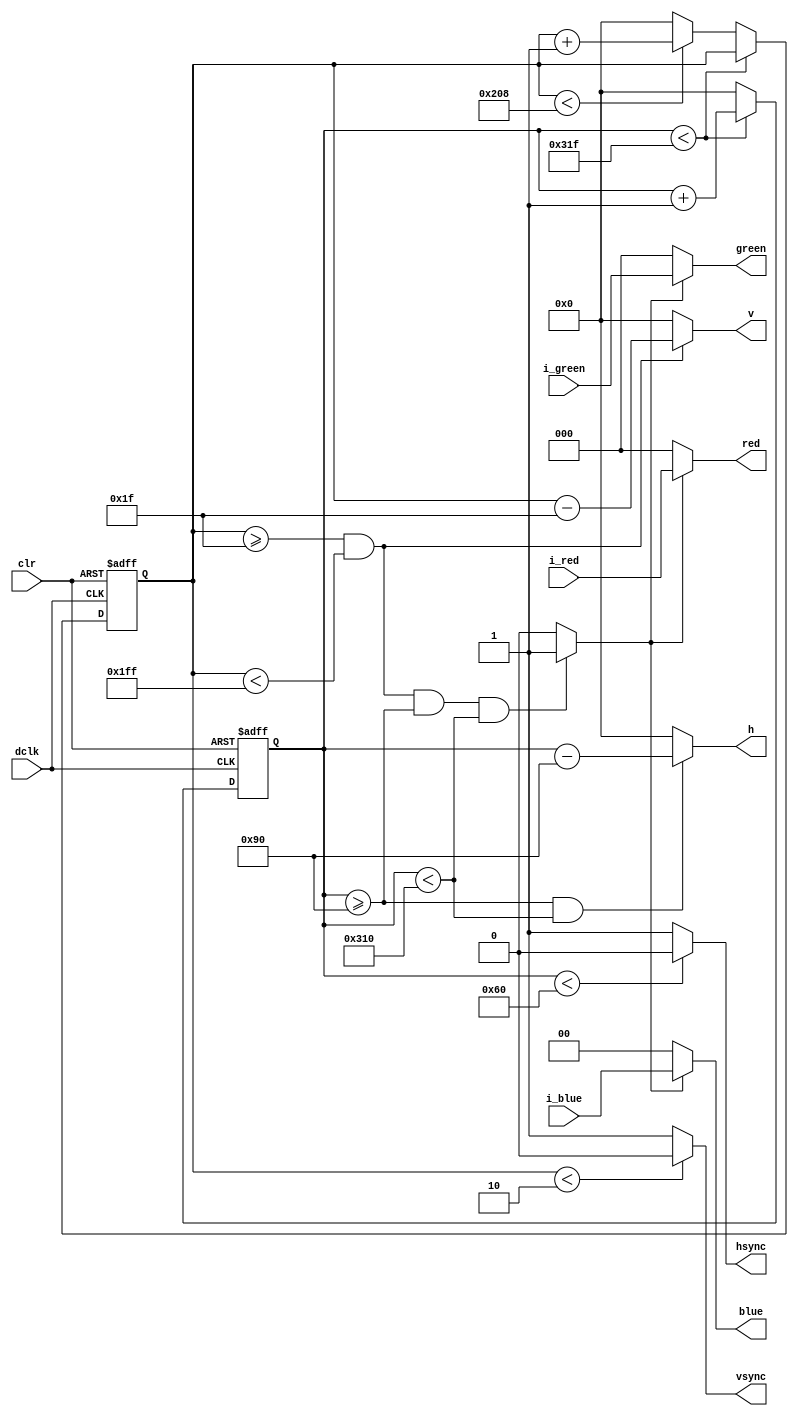
`timescale 1ns / 1ps
//////////////////////////////////////////////////////////////////////////////////
// Company: 
// Engineer: 
// 
// Design Name: 
// Module Name:    vga640x480 
// Project Name: 
// Target Devices: 
// Tool versions: 
// Description: 
//
// Dependencies: 
//
// Revision: 
// Revision 0.01 - File Created
// Additional Comments: 
//
//////////////////////////////////////////////////////////////////////////////////
module vga640x480(
	input wire dclk,			//pixel clock: 25MHz
	input wire clr,			//asynchronous reset
	input wire [2:0] i_red,   //red vga input
	input wire [2:0] i_green, //green vga input
	input wire [1:0] i_blue,   //blue vga input
	output wire hsync,		//horizontal sync out
	output wire vsync,		//vertical sync out
	output wire [2:0] red,   //red vga output
	output wire [2:0] green, //green vga output
	output wire [1:0] blue,   //blue vga output
	output wire [9:0] h,	//horizontal line pos
	output wire [9:0] v //vertica line pos
	);

// video structure constants
parameter hpixels = 800;// horizontal pixels per line
parameter vlines = 521; // vertical lines per frame
parameter hpulse = 96; 	// hsync pulse length
parameter vpulse = 2; 	// vsync pulse length
parameter hbp = 144; 	// end of horizontal back porch
parameter hfp = 784; 	// beginning of horizontal front porch
parameter vbp = 31; 		// end of vertical back porch
parameter vfp = 511; 	// beginning of vertical front porch
// active horizontal video is therefore: 784 - 144 = 640
// active vertical video is therefore: 511 - 31 = 480

// registers for storing the horizontal & vertical counters
reg [9:0] hc;
reg [9:0] vc;

// Horizontal & vertical counters --
// this is how we keep track of where we are on the screen.
// ------------------------
// Sequential "always block", which is a block that is
// only triggered on signal transitions or "edges".
// posedge = rising edge  &  negedge = falling edge
// Assignment statements can only be used on type "reg" and need to be of the "non-blocking" type: <=
always @(posedge dclk or posedge clr)
begin
	// reset condition
	if (clr == 1)
	begin
		hc <= 0;
		vc <= 0;
	end
	else
	begin
		// keep counting until the end of the line
		if (hc < hpixels - 1)
			hc <= hc + 1;
		else
		// When we hit the end of the line, reset the horizontal
		// counter and increment the vertical counter.
		// If vertical counter is at the end of the frame, then
		// reset that one too.
		begin
			hc <= 0;
			if (vc < vlines - 1)
				vc <= vc + 1;
			else
				vc <= 0;
		end
		
	end
end

// generate sync pulses (active low)
// ----------------
// "assign" statements are a quick way to
// give values to variables of type: wire
assign hsync = (hc < hpulse) ? 0:1;
assign vsync = (vc < vpulse) ? 0:1;

wire isValid;

assign h =  ((hc >= hbp) && (hc < hfp)) ? hc-hbp : 0;
assign v =  ((vc >= vbp) && (vc < vfp)) ? vc-vbp : 0;
assign isValid = ((vc >= vbp) && (vc < vfp) && (hc >= hbp) && (hc < hfp)) ? 1 : 0;
assign red = (isValid == 1 ) ? i_red : 0;
assign green = (isValid == 1 ) ? i_green : 0 ;
assign blue = (isValid == 1 ) ? i_blue : 0;

endmodule